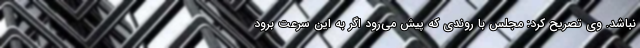
نباشد. وی تصریح کرد: مجلس با روندی که پیش می‌رود اگر به این سرعت برود